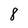
Character: 8